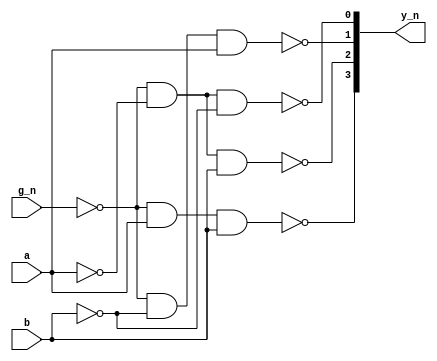
`timescale 1ns / 1ps

//////////////////////////////////////////////////////////////////////////////////
// Company:        Make, Hack, Void
// 
// Design Name:    s139
// Module Name:    s139 
// Project Name:   decoder2of4
// Tool versions:  ISE 14.7
// Description:    A structural/gate level implementation of a 2 of 4 decoder,
//                 i.e. half of a 74LS139.
//
//                 Gate structure is a direct copy of the Texas Instruments
//                 datasheet.
//////////////////////////////////////////////////////////////////////////////////

module s139(
    input g_n,
    input a,
    input b,
    output [3:0] y_n
    );

    wire g, a_n, b_n, a_buf, b_buf;
	 
    not u1 (g,   g_n);
    not u2 (a_n, a);
    not u3 (b_n, b);

    not u4 (a_buf, a_n);
    not u5 (b_buf, b_n);
	 
    nand u6 (y_n[0], g, a_n,   b_n);
    nand u7 (y_n[1], g, b_n,   a_buf);
    nand u8 (y_n[2], g, a_n,   b_buf);
    nand u9 (y_n[3], g, a_buf, b_buf);

endmodule